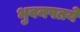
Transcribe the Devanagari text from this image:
भुवनपतये